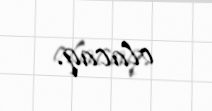
olacaq.